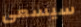
سيسعى